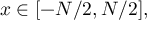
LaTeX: x \in [ - N / 2 , N / 2 ] ,